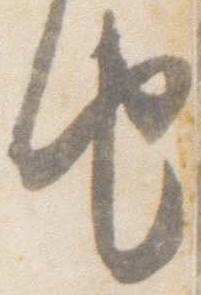
由